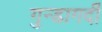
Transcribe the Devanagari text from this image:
गुन्डागर्दी